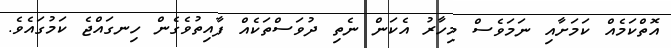
އޮތްކަމެއް ކަމަށާއި ނަމަވެސް މިހާރު އެކަން ނެތި ދުވަސްތަކެއް ފާއިތުވެގެން ހިނގައްޖެ ކަމުގައެވެ.